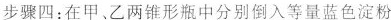
步骤四：在甲、乙两锥形瓶中分别倒入等量蓝色淀粉